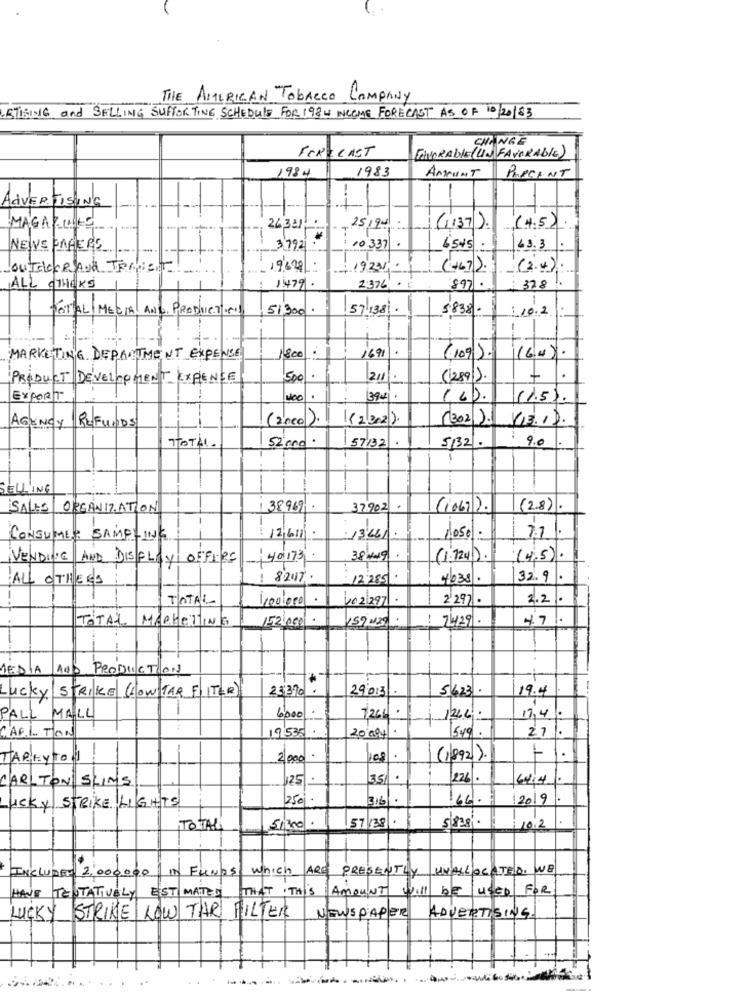
THE AMERICAN Tobacco COMPANY
RTISING and SELLING SUPPORTING SCHEDULE FOR 1984 INCOME FORECAST AS OF 10/20/83
FORECAST
CHANGE
ENCORALIE (UN FAVORABLE)
1984
1983
AMOUNT
PROCENT
ADVERTISING
MAGAZ LOOKS
25,94
(1137). (4.5)
NEWVE PAGE AS.
3792
: 10 337
6545
43.3
outaccesoa Tennis
19/628 :
19231
(+67).
(2.4)
1479
ALL OTHERS
2376
897
328
TOTAL MEDIA AND PRODUCTION
51,200 .
57/138.
5838 .
: 10.2
1691
MARKETING DEPARTMENT EXPENSE
1800
(109 ). (CH)
PRODUCT DEVELOPMENT EXPIENCE
500
211
(2891).
EXPORT
400
394.
(6).
(1.5).
REFUNDS
(2neo).
(2/202).
(3021).
13.1).
AGENCY
TOTAL.
9.0
52 000.
57132.
5132 .
SELLING
SALES ORGANIZATION
38969
37902
(1067).
(2.8).
1
7.7.
CONSUMER SAMPLING
12.61
13.66/.
1050 .
VENDIVE AND DISPLAY OFFIRE
38/19
(1.724).
(4.5).
ALL OTHERS
1 8247
12285
4038.
32.9.
TOTAL
402/2971.
2'297 .
2.21.
TOTAL MARKETING
152 000
159 M29
: 7429.
MEDIA
AUS PRODUCTION
Lucky STRIKE (Low TAR F ITER)
23,370.
29013 .
5623 .
19.4
PALL MALL
6000
1204.
17,4
CARLTON
:
19535
1549
27
20094
-
TAREYTO]
2000
(1/892).
11.
3.51.
1226
6.414
CARLTON SLIMS
250
316/
64.
2019
Lucky STRIKE LIGHTS
TOTAL
51300
57/138
10.2
INCLUDED 2.000.000 In FUNDS WHICH ARE PRESENTLY
UNALLOCATED. WE
HAVE TENTATIVELY ESTIMATED THAT THIS AMOUNT WILL BE USED FOR
STRIKE LOW THR FILTER
LUCKY
NEWSPAPER
ADVERTISING